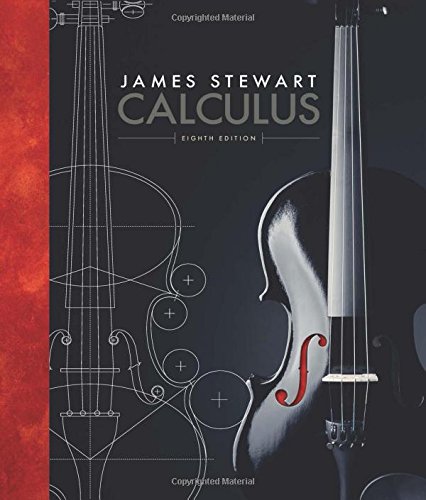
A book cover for Calculus; James Stewart; Science & Math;